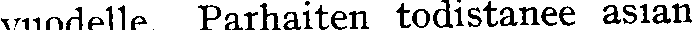
vuodelle Parhaiten todistanee asian